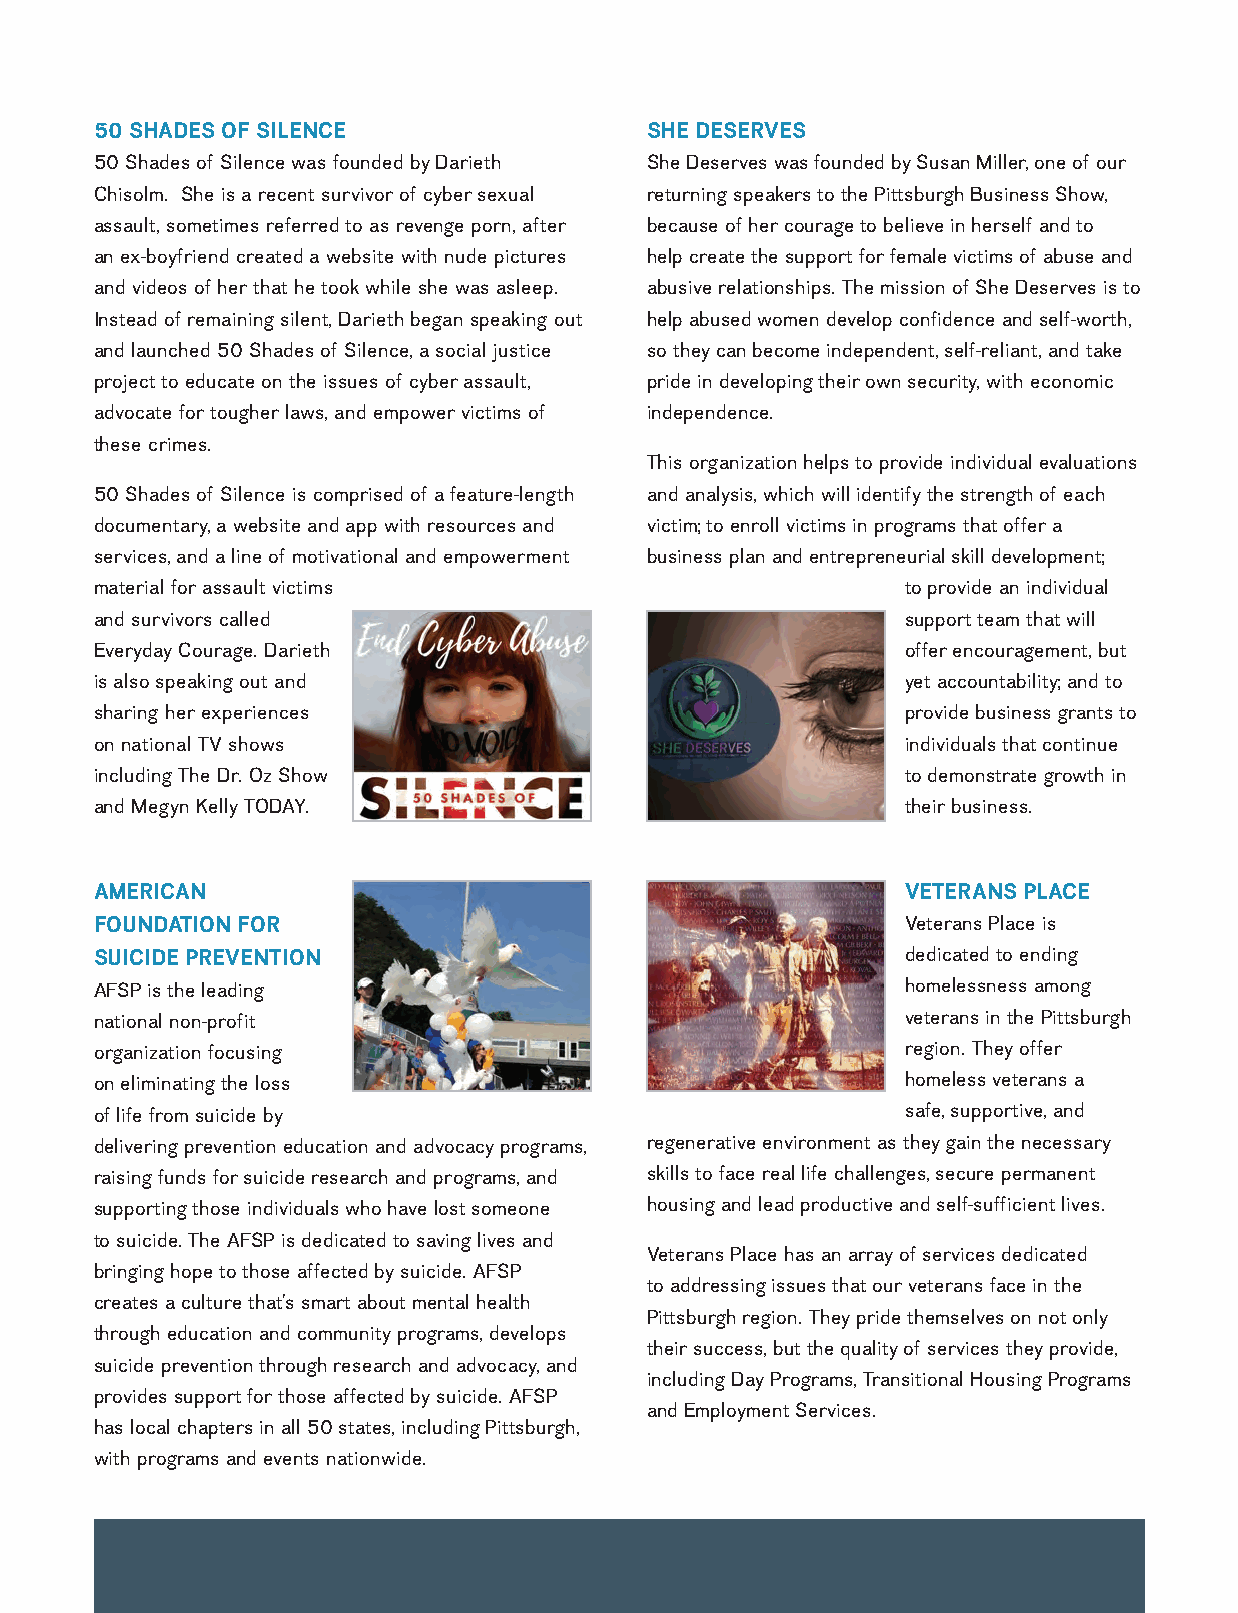
50 SHADES OF SILENCE                 SHE DESERVES
 50 Shades of Silence was founded by Darieth She Deserves was founded by Susan Miller, one of our
 Chisolm. She is a recent survivor of cyber sexual returning speakers to the Pittsburgh Business Show,
 assault, sometimes referred to as revenge porn, after because of her courage to believe in herself and to
 an ex-boyfriend created a website with nude pictures help create the support for female victims of abuse and
 and videos of her that he took while she was asleep. abusive relationships. The mission of She Deserves is to
 Instead of remaining silent, Darieth began speaking out help abused women develop confidence and self-worth,
 and launched 50 Shades of Silence, a social justice so they can become independent, self-reliant, and take
 project to educate on the issues of cyber assault, pride in developing their own security, with economic
 advocate for tougher laws, and empower victims of independence.
 these crimes.
 This organization helps to provide individual evaluations
 50 Shades of Silence is comprised of a feature-length and analysis, which will identify the strength of each
 documentary, a website and app with resources and victim; to enroll victims in programs that offer a
 services, and a line of motivational and empowerment business plan and entrepreneurial skill development;
 material for assault victims                          to provide an individual
 and survivors called                                  support team that will
 Everyday Courage. Darieth                             offer encouragement, but
 is also speaking out and                              yet accountability; and to
 sharing her experiences                               provide business grants to
 on national TV shows                                  individuals that continue
 including The Dr. Oz Show                             to demonstrate growth in
 and Megyn Kelly TODAY.                                their business.
 AMERICAN                                              VETERANS PLACE
 FOUNDATION FOR                                        Veterans Place is
 SUICIDE PREVENTION                                    dedicated to ending
 AFSP is the leading                                   homelessness among
 national non-profit                                   veterans in the Pittsburgh
 organization focusing                                 region. They offer
 on eliminating the loss                               homeless veterans a
 of life from suicide by                               safe, supportive, and
 delivering prevention education and advocacy programs, regenerative environment as they gain the necessary
 raising funds for suicide research and programs, and skills to face real life challenges, secure permanent
 supporting those individuals who have lost someone housing and lead productive and self-sufficient lives.
 to suicide. The AFSP is dedicated to saving lives and
 Veterans Place has an array of services dedicated
 bringing hope to those affected by suicide. AFSP
 to addressing issues that our veterans face in the
 creates a culture that’s smart about mental health
 Pittsburgh region. They pride themselves on not only
 through education and community programs, develops
 their success, but the quality of services they provide,
 suicide prevention through research and advocacy, and
 including Day Programs, Transitional Housing Programs
 provides support for those affected by suicide. AFSP
 and Employment Services.
 has local chapters in all 50 states, including Pittsburgh,
 with programs and events nationwide.